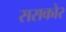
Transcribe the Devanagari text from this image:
सराकोर